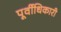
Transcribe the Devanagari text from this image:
पूर्वीधिकारी